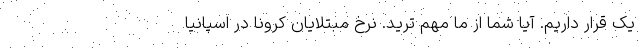
یک قرار داریم. آیا شما از ما مهم ترید. نرخ مبتلایان کرونا در اسپانیا